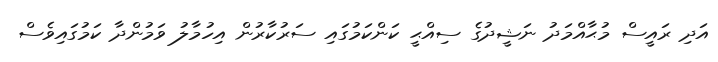
އަދި ރައީސް މުޙާއްމަދު ނަޝީދުގެ ސިއްޙީ ކަންކަމުގައި ސަރުކާރުން އިހުމާލު ވަމުންދާ ކަމުގައިވެސް